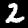
Label: 2